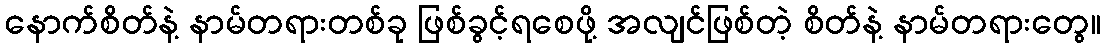
နောက်စိတ်နဲ့ နာမ်တရားတစ်ခု ဖြစ်ခွင့်ရစေဖို့ အလျင်ဖြစ်တဲ့ စိတ်နဲ့ နာမ်တရားတွေ။